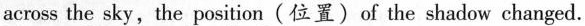
across the sky, the position (位置) of the shadow changed.